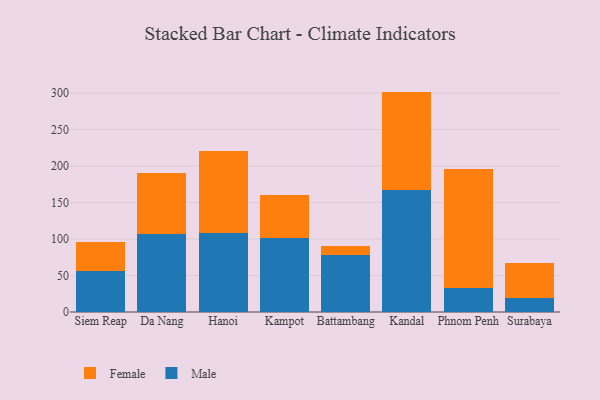
{"axis": {"x": "City", "y": "Budget (USD K)"}, "legend": ["Female", "Male"], "data": [{"x": "Siem Reap", "y": 56.5, "type": "Male"}, {"x": "Siem Reap", "y": 40.1, "type": "Female"}, {"x": "Da Nang", "y": 107.1, "type": "Male"}, {"x": "Da Nang", "y": 83.2, "type": "Female"}, {"x": "Hanoi", "y": 108.4, "type": "Male"}, {"x": "Hanoi", "y": 111.9, "type": "Female"}, {"x": "Kampot", "y": 101.2, "type": "Male"}, {"x": "Kampot", "y": 59.7, "type": "Female"}, {"x": "Battambang", "y": 78.2, "type": "Male"}, {"x": "Battambang", "y": 12.5, "type": "Female"}, {"x": "Kandal", "y": 167.5, "type": "Male"}, {"x": "Kandal", "y": 134.5, "type": "Female"}, {"x": "Phnom Penh", "y": 32.8, "type": "Male"}, {"x": "Phnom Penh", "y": 163.5, "type": "Female"}, {"x": "Surabaya", "y": 19.5, "type": "Male"}, {"x": "Surabaya", "y": 47.1, "type": "Female"}]}